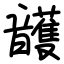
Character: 頀